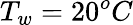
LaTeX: T_{w}=20^{o}C